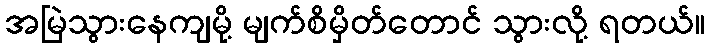
အမြဲသွားနေကျမို့ မျက်စိမှိတ်တောင် သွားလို့ ရတယ်။